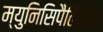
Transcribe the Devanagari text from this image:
म्युनिसिपैलिटीज़